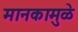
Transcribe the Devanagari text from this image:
मानकामुळे